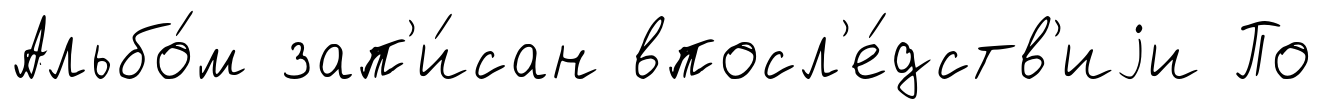
Альбо́м зап'и́сан впосл'е́дств'иjи По